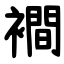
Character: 襇